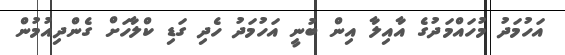
އަހުމަދު މުހައްމަދުގެ އާއިލާ އިން ބުނީ އަހުމަދު ހެދި ގަޑި ކްލާހަށް ގެންދިއުމުން